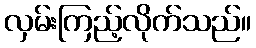
လှမ်းကြည့်လိုက်သည်။